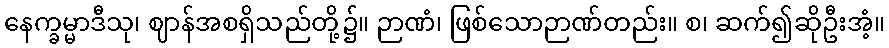
နေက္ခမ္မာဒီသု၊ ဈာန်အစရှိသည်တို့၌။ ဉာဏံ၊ ဖြစ်သောဉာဏ်တည်း။ စ၊ ဆက်၍ဆိုဦးအံ့။